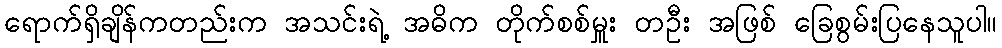
ရောက်ရှိချိန်ကတည်းက အသင်းရဲ့ အဓိက တိုက်စစ်မှူး တဦး အဖြစ် ခြေစွမ်းပြနေသူပါ။